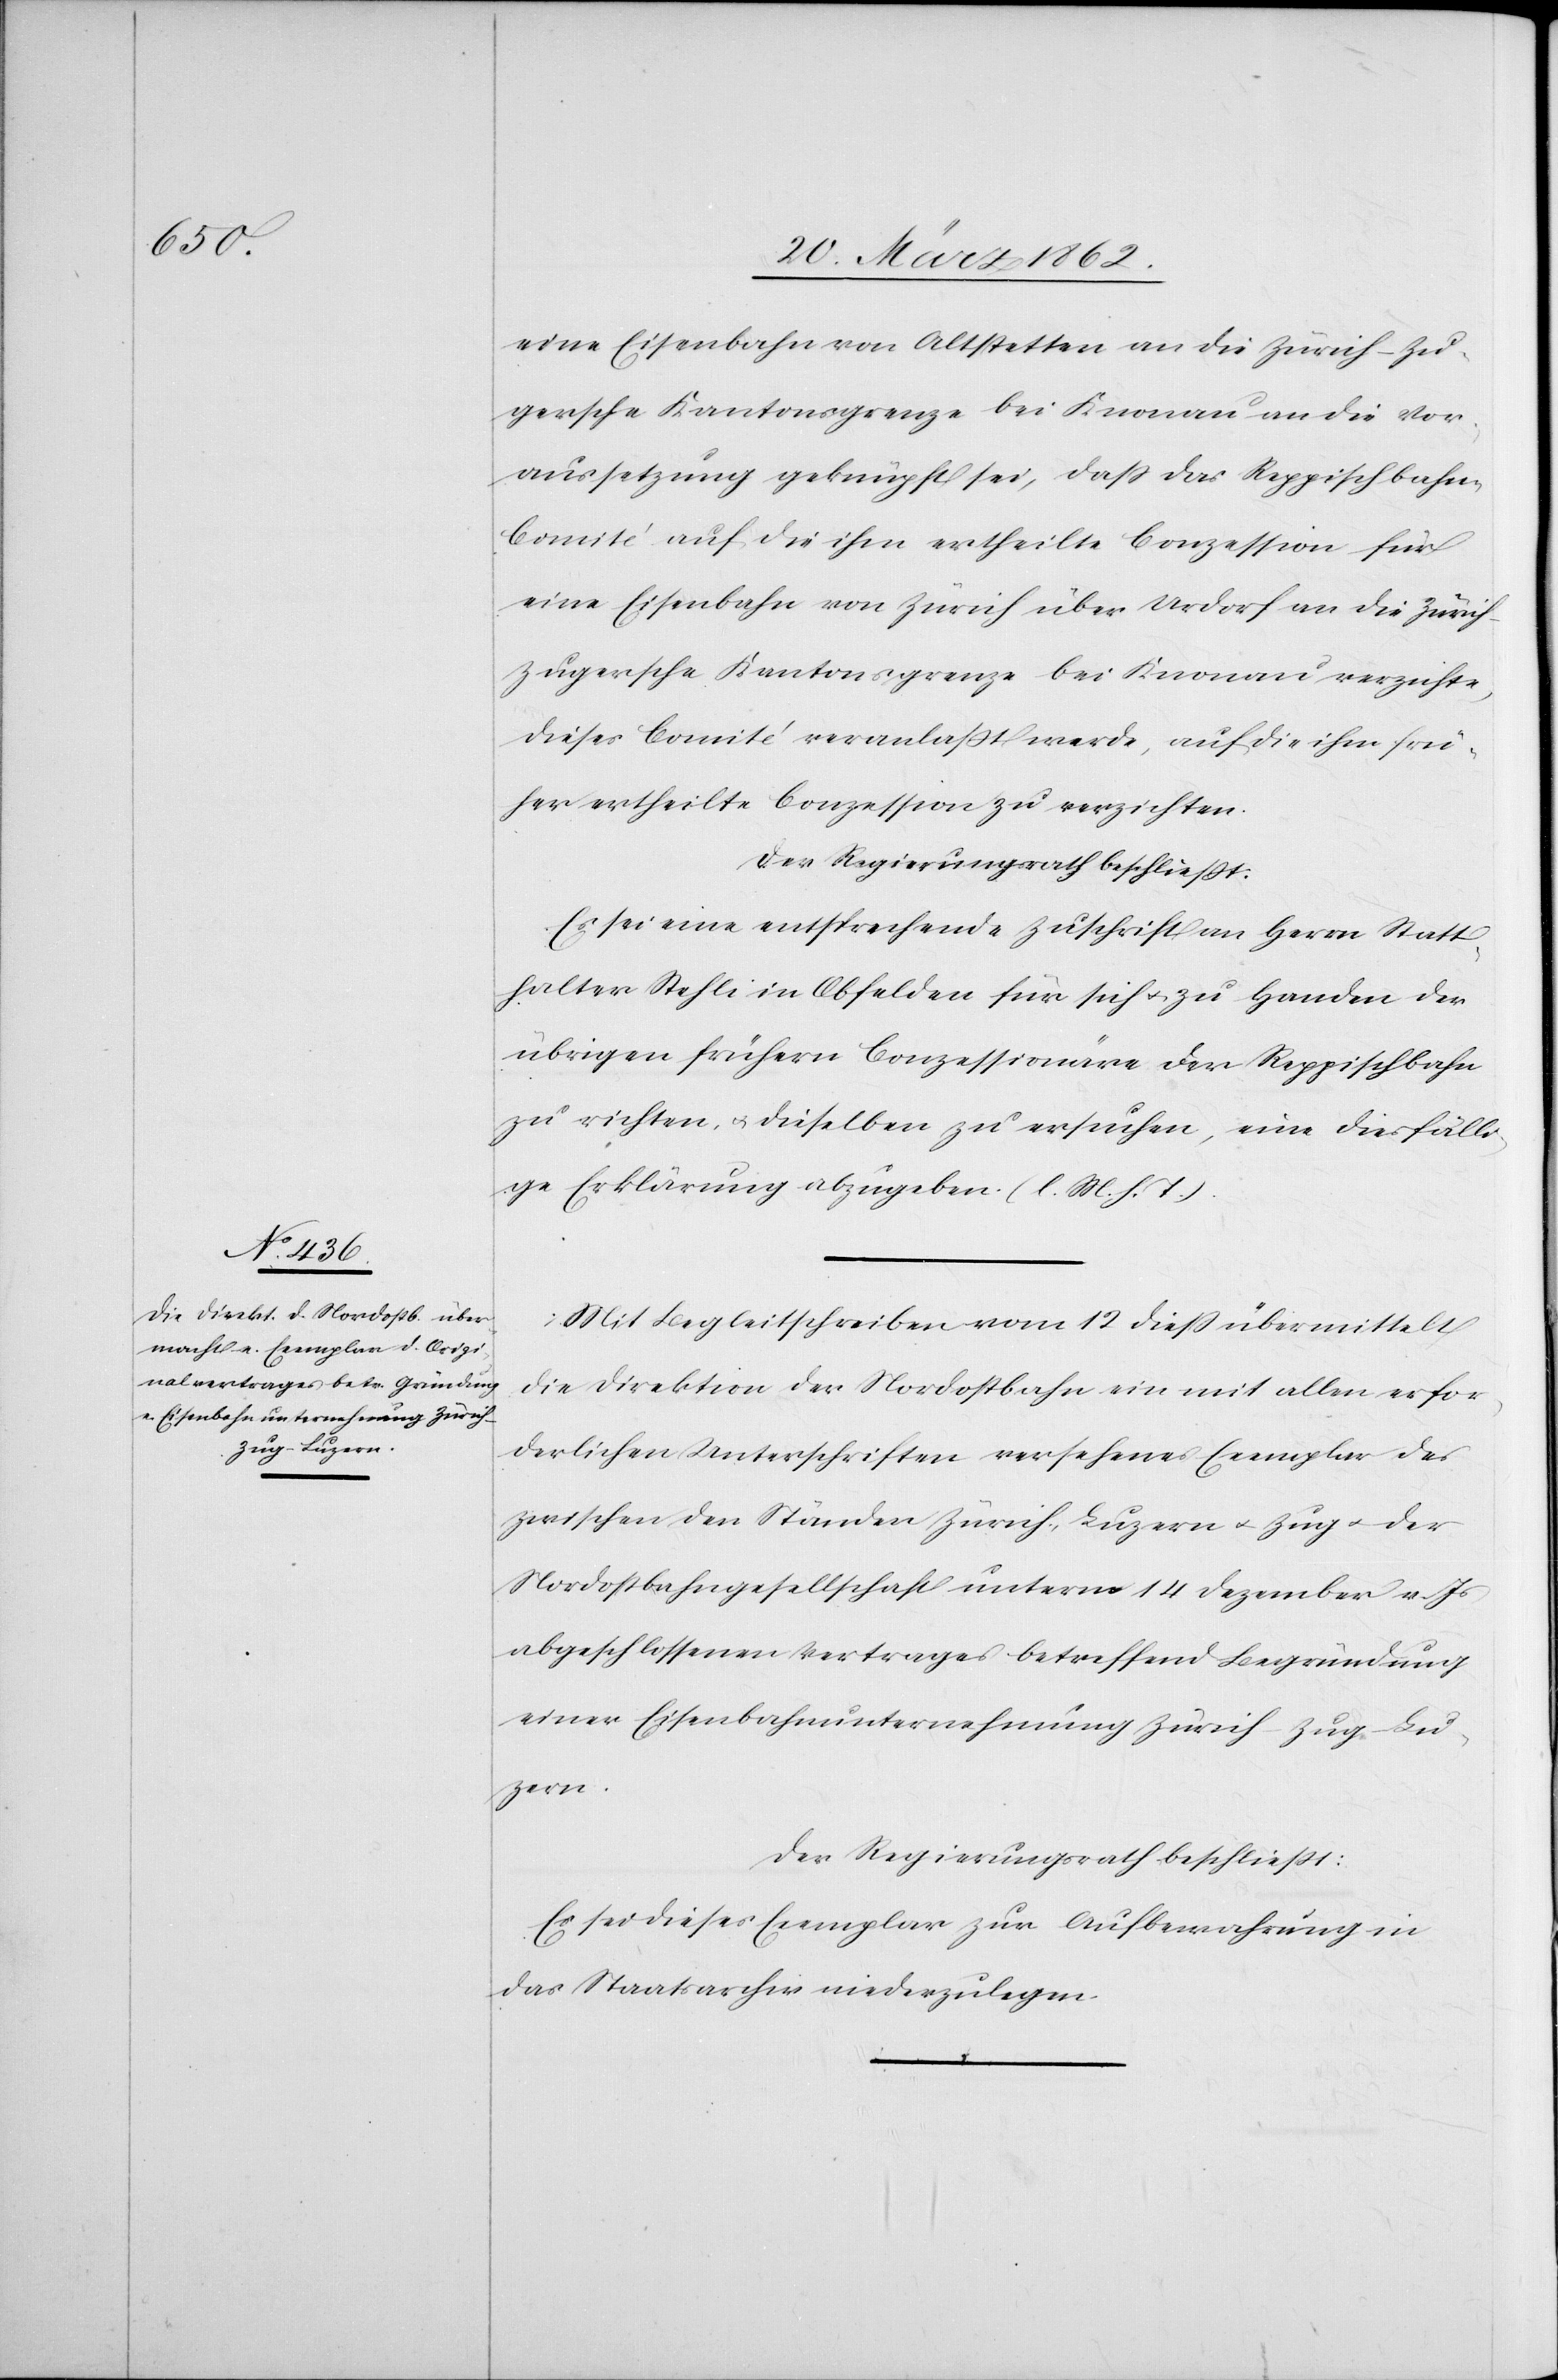
eine Eisenbahn von Altstetten an die Zürich – Zu¬
gersche Kantonsgrenze bei Knonau an die Vor¬
aussetzung geknüpft sei, daß das Reppischbahn-C¬
omité auf die ihm ertheilte Conzession für
eine Eisenbahn von Zürich über Urdorf an die Zürich
Zugersche Kantonsgrenze bei Knonau verzichte,
dieses Comité veranlaßt werde, auf die ihm frü¬
her ertheilte Conzession zu verzichten.
Der Regierungsrath beschließt:
Es sei eine entsprechende Zuschrift an Herrn Statt¬
halter Stehli in Obfelden für sich u. zu Handen der
übrigen frühern Conzessionäre der Reppischbahn
zu richten, u. dieselben zu ersuchen, eine diesfälli¬
ge Erklärung abzugeben. (l. M. h. T.).
Mit Begleitschreiben vom 12 dieß übermittelt
die Direktion der Nordostbahn ein mit allen erfor¬
derlichen Unterschriften versehenes Exemplar des
zwischen den Ständen Zürich, Luzern u. Zug u. der
Nordostbahngesellschaft unterm 14 Dezember v. Js
abgeschlossenen Vertrages betreffend Begründung
einer Eisenbahnunternehmung Zürich – Zug – Lu¬
zern.
Der Regierungsrath beschließt:
Es sei dieses Exemplar zur Aufbewahrung in
das Staatsarchiv niederzulegen.